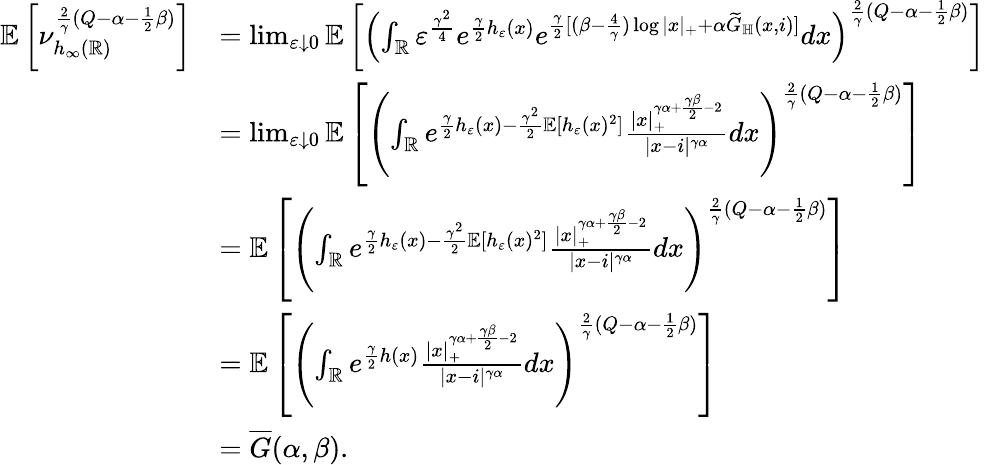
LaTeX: \begin{array}{rl}{\mathbb E\left[\nu_{h_{\infty}(\mathbb R)}^{\frac{2}{\gamma}(Q-\alpha-\frac{1}{2}\beta)}\right]}&{=\operatorname*{lim}_{\varepsilon\downarrow 0}\mathbb E\left[\left(\int_{\mathbb R}\varepsilon^{\frac{\gamma^{2}}{4}}e^{\frac{\gamma}{2}h_{\varepsilon}(x)}e^{\frac{\gamma}{2}[(\beta-\frac{4}{\gamma})\log|x|_{+}+\alpha\widetilde G_{\mathbb H}(x,i)]}dx\right)^{\frac{2}{\gamma}(Q-\alpha-\frac{1}{2}\beta)}\right]}\\ &{=\operatorname*{lim}_{\varepsilon\downarrow 0}\mathbb E\left[\left(\int_{\mathbb R}e^{\frac{\gamma}{2}h_{\varepsilon}(x)-\frac{\gamma^{2}}{2}\mathbb E[h_{\varepsilon}(x)^{2}]}\frac{|x|_{+}^{\gamma\alpha+\frac{\gamma\beta}{2}-2}}{|x-i|^{\gamma\alpha}}dx\right)^{\frac{2}{\gamma}(Q-\alpha-\frac{1}{2}\beta)}\right]}\\ &{=\mathbb E\left[\left(\int_{\mathbb R}e^{\frac{\gamma}{2}h_{\varepsilon}(x)-\frac{\gamma^{2}}{2}\mathbb E[h_{\varepsilon}(x)^{2}]}\frac{|x|_{+}^{\gamma\alpha+\frac{\gamma\beta}{2}-2}}{|x-i|^{\gamma\alpha}}dx\right)^{\frac{2}{\gamma}(Q-\alpha-\frac{1}{2}\beta)}\right]}\\ &{=\mathbb E\left[\left(\int_{\mathbb R}e^{\frac{\gamma}{2}h(x)}\frac{|x|_{+}^{\gamma\alpha+\frac{\gamma\beta}{2}-2}}{|x-i|^{\gamma\alpha}}dx\right)^{\frac{2}{\gamma}(Q-\alpha-\frac{1}{2}\beta)}\right]}\\ &{=\overline{G}(\alpha,\beta).}\end{array}